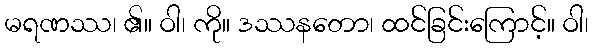
မရဏဿ၊ ၏။ ဝါ၊ ကို။ ဒဿနတော၊ ထင်ခြင်းကြောင့်။ ဝါ၊